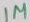
Text: 1M